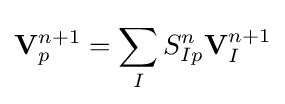
\mathbf {V} _{p}^{n+1}=\sum _{I}^{}S_{Ip}^{n}\mathbf {V} _{I}^{n+1}